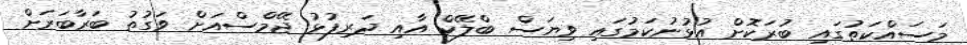
މަސައްކަތުގައި ބުރަކޮށް އުޅުނުކަމުގައި ވިޔަސް ބްލޭކް އާއި ދަރިފުޅު ޖޭމްސްއަށް ވަގުތު ބަރާބަރަށް